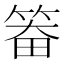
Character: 𮵵